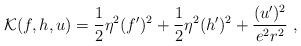
LaTeX: \begin{align*}{\cal K}(f,h,u)=\frac12\eta^2(f')^2+\frac12\eta^2(h')^2+\frac{(u')^2}{e^2r^2} \ ,\end{align*}